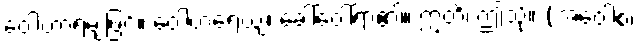
ဝေါဟာရမျှဖြင့်။ ဝေါဟရေယျ၊ ခေါ်ဝေါ်ရာ၏။ ဣတိ၊ ဤသို့။ (အဝေါစ၊